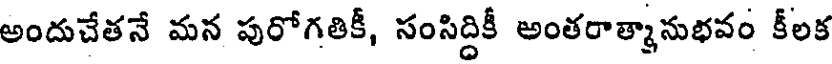
అందుచేతనే మన పురోగతికీ, సంసిద్దికీ అంతరాత్మానుభవం కీలక